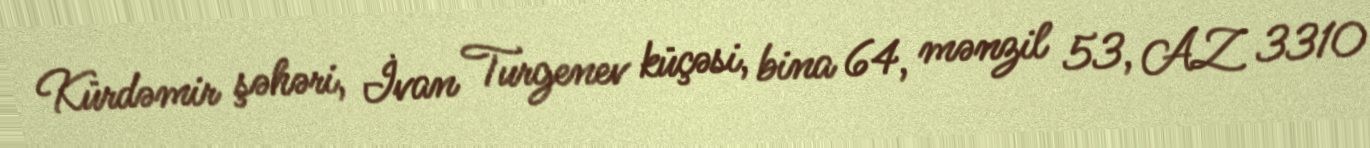
Kürdəmir şəhəri, İvan Turgenev küçəsi, bina 64, mənzil 53, AZ 3310